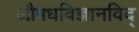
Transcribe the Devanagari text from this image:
अाैषधविज्ञानविद्